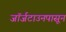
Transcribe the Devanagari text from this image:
जॉर्जटाउनपासून